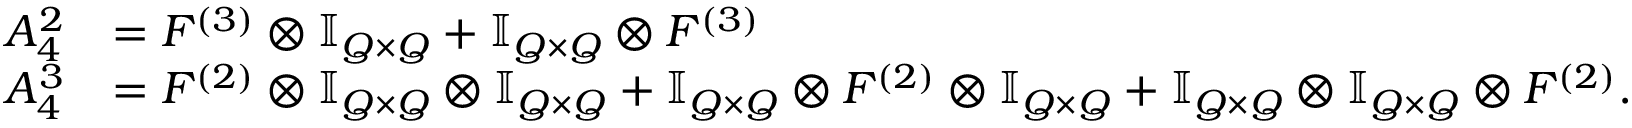
\begin{array} { r l } { A _ { 4 } ^ { 2 } } & { = F ^ { ( 3 ) } \otimes \ensuremath { \mathbb { I } _ { Q \times Q } } + \ensuremath { \mathbb { I } _ { Q \times Q } } \otimes F ^ { ( 3 ) } } \\ { A _ { 4 } ^ { 3 } } & { = F ^ { ( 2 ) } \otimes \ensuremath { \mathbb { I } _ { Q \times Q } } \otimes \ensuremath { \mathbb { I } _ { Q \times Q } } + \ensuremath { \mathbb { I } _ { Q \times Q } } \otimes F ^ { ( 2 ) } \otimes \ensuremath { \mathbb { I } _ { Q \times Q } } + \ensuremath { \mathbb { I } _ { Q \times Q } } \otimes \ensuremath { \mathbb { I } _ { Q \times Q } } \otimes F ^ { ( 2 ) } . } \end{array}